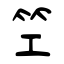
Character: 笁